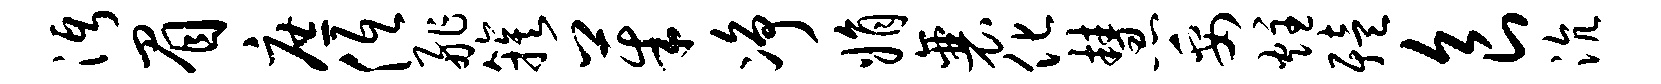
沔眉庶低舴簇茱净娟襄化慧妥炷殪食沆